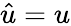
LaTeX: \hat{u}=u